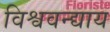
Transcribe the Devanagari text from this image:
विश्ववन्द्याय